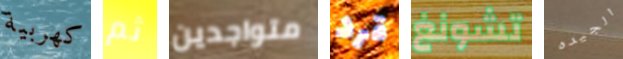
كهربية ثم متواجدين قرد تشونغ الجيده